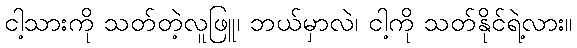
ငါ့သားကို သတ်တဲ့လူဖြူ၊ ဘယ်မှာလဲ၊ ငါ့ကို သတ်နိုင်ရဲ့လား။